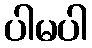
ပါမပါ